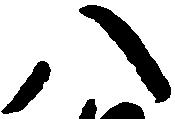
八